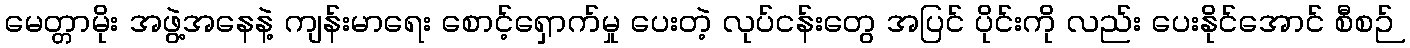
မေတ္တာမိုး အဖွဲ့အနေနဲ့ ကျန်းမာရေး စောင့်ရှောက်မှု ပေးတဲ့ လုပ်ငန်းတွေ အပြင် ပိုင်းကို လည်း ပေးနိုင်အောင် စီစဉ်